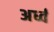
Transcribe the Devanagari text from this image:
अर्ध्व